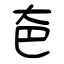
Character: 夿